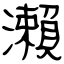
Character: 瀨